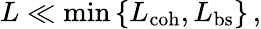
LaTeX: L\ll\operatorname*{min}\left\{ L_{\mathrm{coh}},L_{\mathrm{bs}}\right\} \, ,